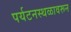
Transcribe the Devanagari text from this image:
पर्यटनस्थळावरून